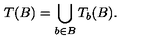
T ( B ) = \bigcup _ { b \in B } T _ { b } ( B ) .